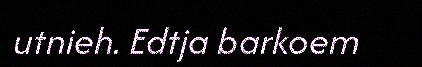
utnieh. Edtja barkoem